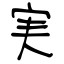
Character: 実